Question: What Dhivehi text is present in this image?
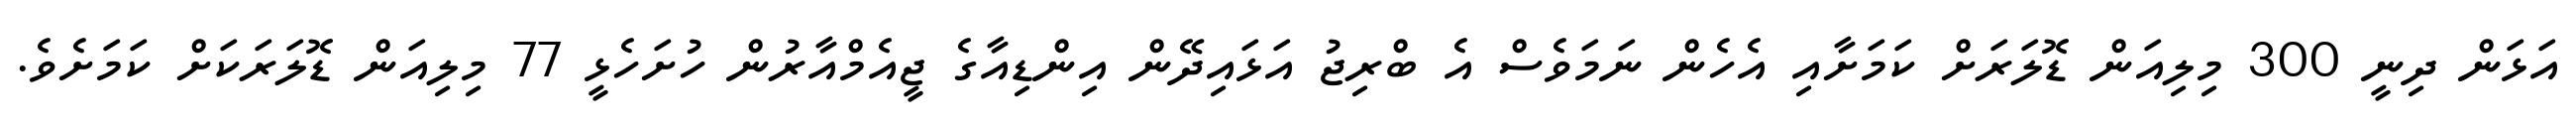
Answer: އަޅަން ދިނީ 300 މިލިއަން ޑޮލަރަށް ކަމަށާއި އެހެން ނަމަވެސް އެ ބްރިޖު އަޅައިދޭން އިންޑިއާގެ ޖީއެމްއާރުން ހުށަހެޅީ 77 މިލިއަން ޑޮލަރަކަށް ކަމަށެވެ.